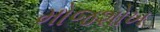
મોજશોખ